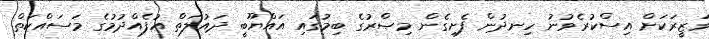
ވަޒީރަކަށް އިސްކުރެވުނު ހިނދުން ފެށިގެން މިޞްރުގެ ބިމުގައި އައްޔޫބީ ދައުލަތް އުފެއްދުމުގެ މަސައްކަތް